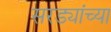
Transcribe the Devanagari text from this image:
सरड्यांच्या